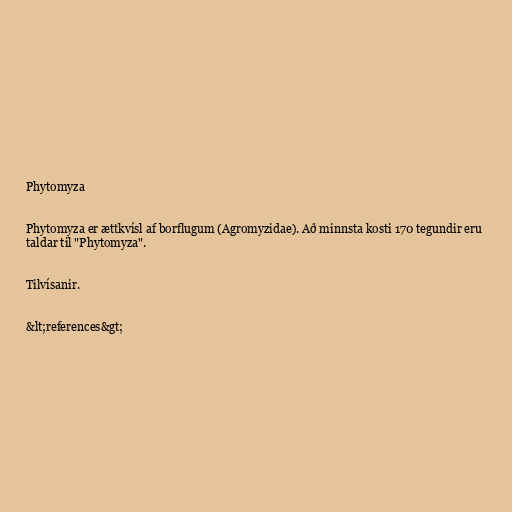
Phytomyza

Phytomyza er ættkvísl af borflugum (Agromyzidae). Að minnsta kosti 170 tegundir eru
taldar til "Phytomyza".

Tilvísanir.

&lt;references&gt;